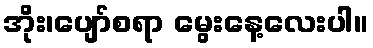
အိုး၊ပျော်စရာ မွေးနေ့လေးပါ။